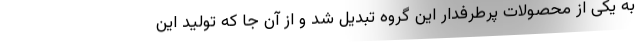
به یکی از محصولات پرطرفدار این گروه تبدیل شد و از آن جا که تولید این